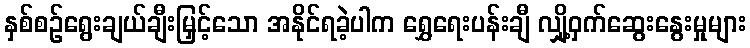
နှစ်စဉ်ရွေးချယ်ချီးမြှင့်သော အနိုင်ရခဲ့ပါက ရွှေရေးပန်းချီ လျှို့ဝှက်ဆွေးနွေးမှုများ